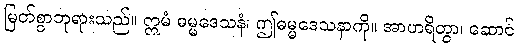
မြတ်စွာဘုရားသည်။ ဣမံ ဓမ္မဒေသနံ၊ ဤဓမ္မဒေသနာကို။ အာဟရိတွာ၊ ဆောင်